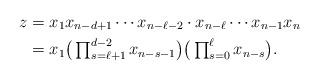
LaTeX: \begin{align*}z&=x_1x_{n-d+1}\cdots x_{n-\ell-2}\cdot x_{n-\ell}\cdots x_{n-1}x_n\\&=x_1\big(\textstyle\prod_{s=\ell+1}^{d-2}x_{n-s-1}\big)\big(\prod_{s=0}^{\ell}x_{n-s}\big).\end{align*}